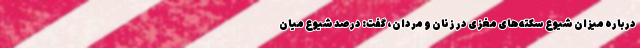
درباره میزان شیوع سکته‌های مغزی در زنان و مردان، گفت: درصد شیوع میان